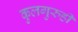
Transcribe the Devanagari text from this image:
कुलगुरुही